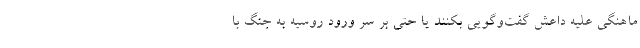
ماهنگی علیه داعش گفت‌وگویی بکنند یا حتی بر سر ورود روسیه به جنگ با